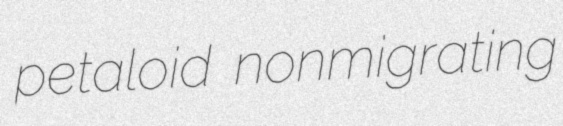
petaloid nonmigrating